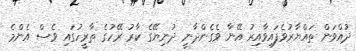
ދުއްވަން ތައްޔާރުވެފައިވާއިރު އޭނާ ވެގެންދާނީ ދުނިޔޭގެ ކާރު ރޭހުގެ ތާރީހުގައި ވެސް އެންމެ